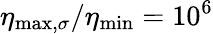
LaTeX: \eta_{\mathrm{max,}\sigma}/\eta_{\mathrm{min}}=10^{6}